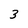
Character: 3